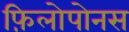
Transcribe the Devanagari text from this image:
फ़िलोपोनस